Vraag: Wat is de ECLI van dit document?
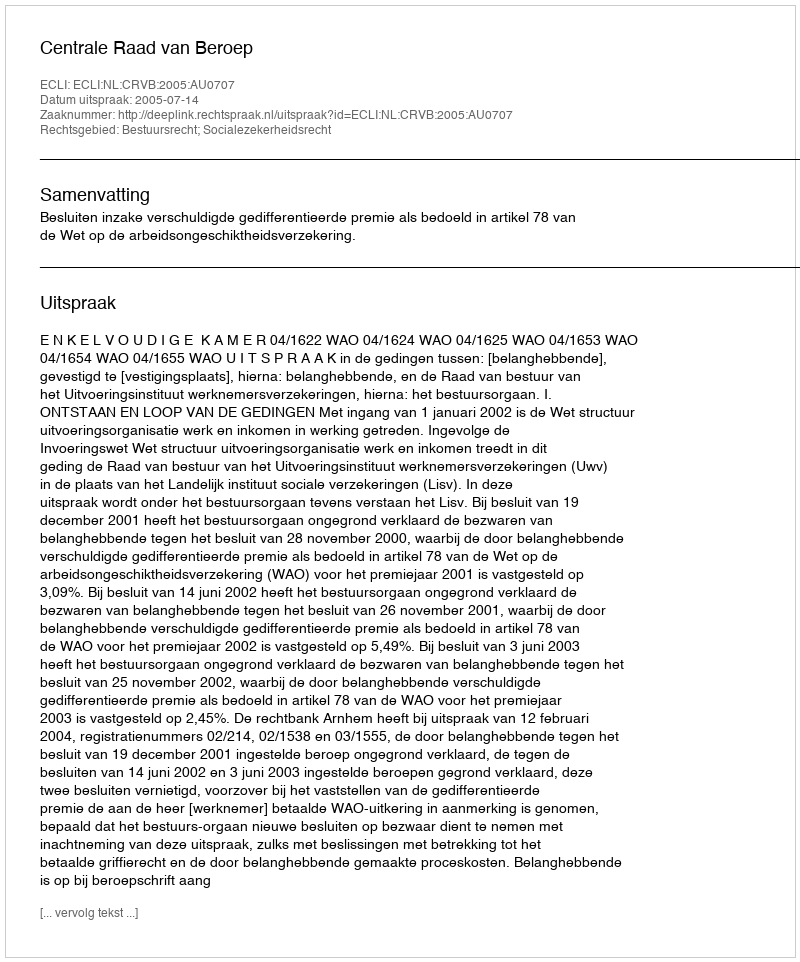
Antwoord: ECLI:NL:CRVB:2005:AU0707